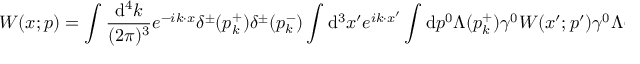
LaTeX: W ( x ; p ) = \int \frac { \mathrm { d } ^ { 4 } k } { ( 2 \pi ) ^ { 3 } } e ^ { - i k \cdot x } \delta ^ { \pm } ( p _ { k } ^ { + } ) \delta ^ { \pm } ( p _ { k } ^ { - } ) \int \mathrm { d } ^ { 3 } x ^ { \prime } e ^ { i k \cdot x ^ { \prime } } \int \mathrm { d } p ^ { 0 } \Lambda ( p _ { k } ^ { + } ) \gamma ^ { 0 } W ( x ^ { \prime } ; p ^ { \prime } ) \gamma ^ { 0 } \Lambda ( p _ { k } ^ { - } ) \; \; ,